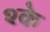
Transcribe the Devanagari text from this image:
श्के